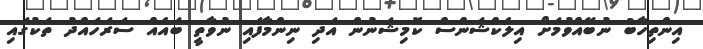
އިންތިހާބު ނުބޭއްވުމަށް އިލެކްޝަންސް ކޮމިޝަނުން އަދި ނިންމާފައި ނުވާތީ ބައެއް ސަރަހައްދު ތަކުގައި